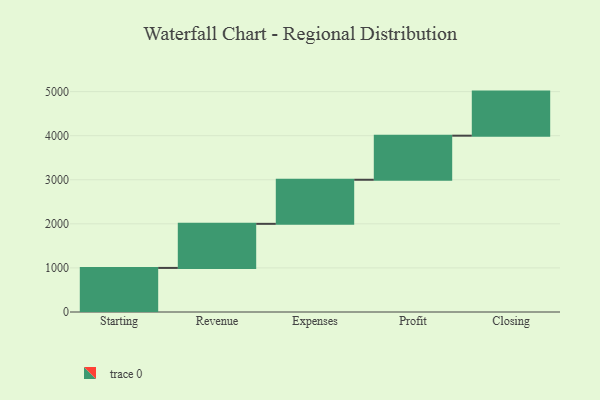
{"axis": {"x": "Step", "y": "Value"}, "legend": [""], "data": [{"x": "Starting", "y": 1000, "type": ""}, {"x": "Revenue", "y": 1000, "type": ""}, {"x": "Expenses", "y": 1000, "type": ""}, {"x": "Profit", "y": 1000, "type": ""}, {"x": "Closing", "y": 1000, "type": ""}]}